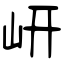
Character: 岍